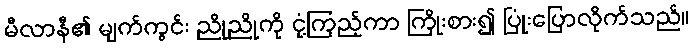
မီလာနီ၏ မျက်ကွင်း ညိုညိုကို ငုံ့ကြည့်ကာ ကြိုးစား၍ ပြုံးပြောလိုက်သည်။